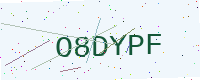
Text: O8DYPF